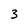
Character: 3